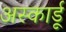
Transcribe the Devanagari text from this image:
अस्कार्डू